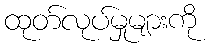
ထုတ်လုပ်မှုများကို